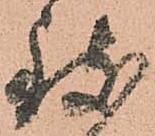
致